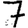
Digit: 7